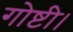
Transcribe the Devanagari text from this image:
गोष्टी।